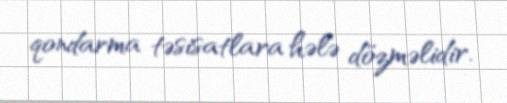
qondarma təsisatlara hələ dözməlidir.